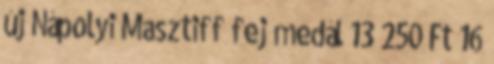
új Nápolyi Masztiff fej medál 13 250 Ft 16